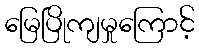
မြေပြိုကျမှုကြောင့်